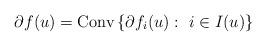
LaTeX: \begin{align*} \partial f(u) = \mbox{Conv}\left\{\partial f_i(u): \ i \in I(u)\right\}\end{align*}